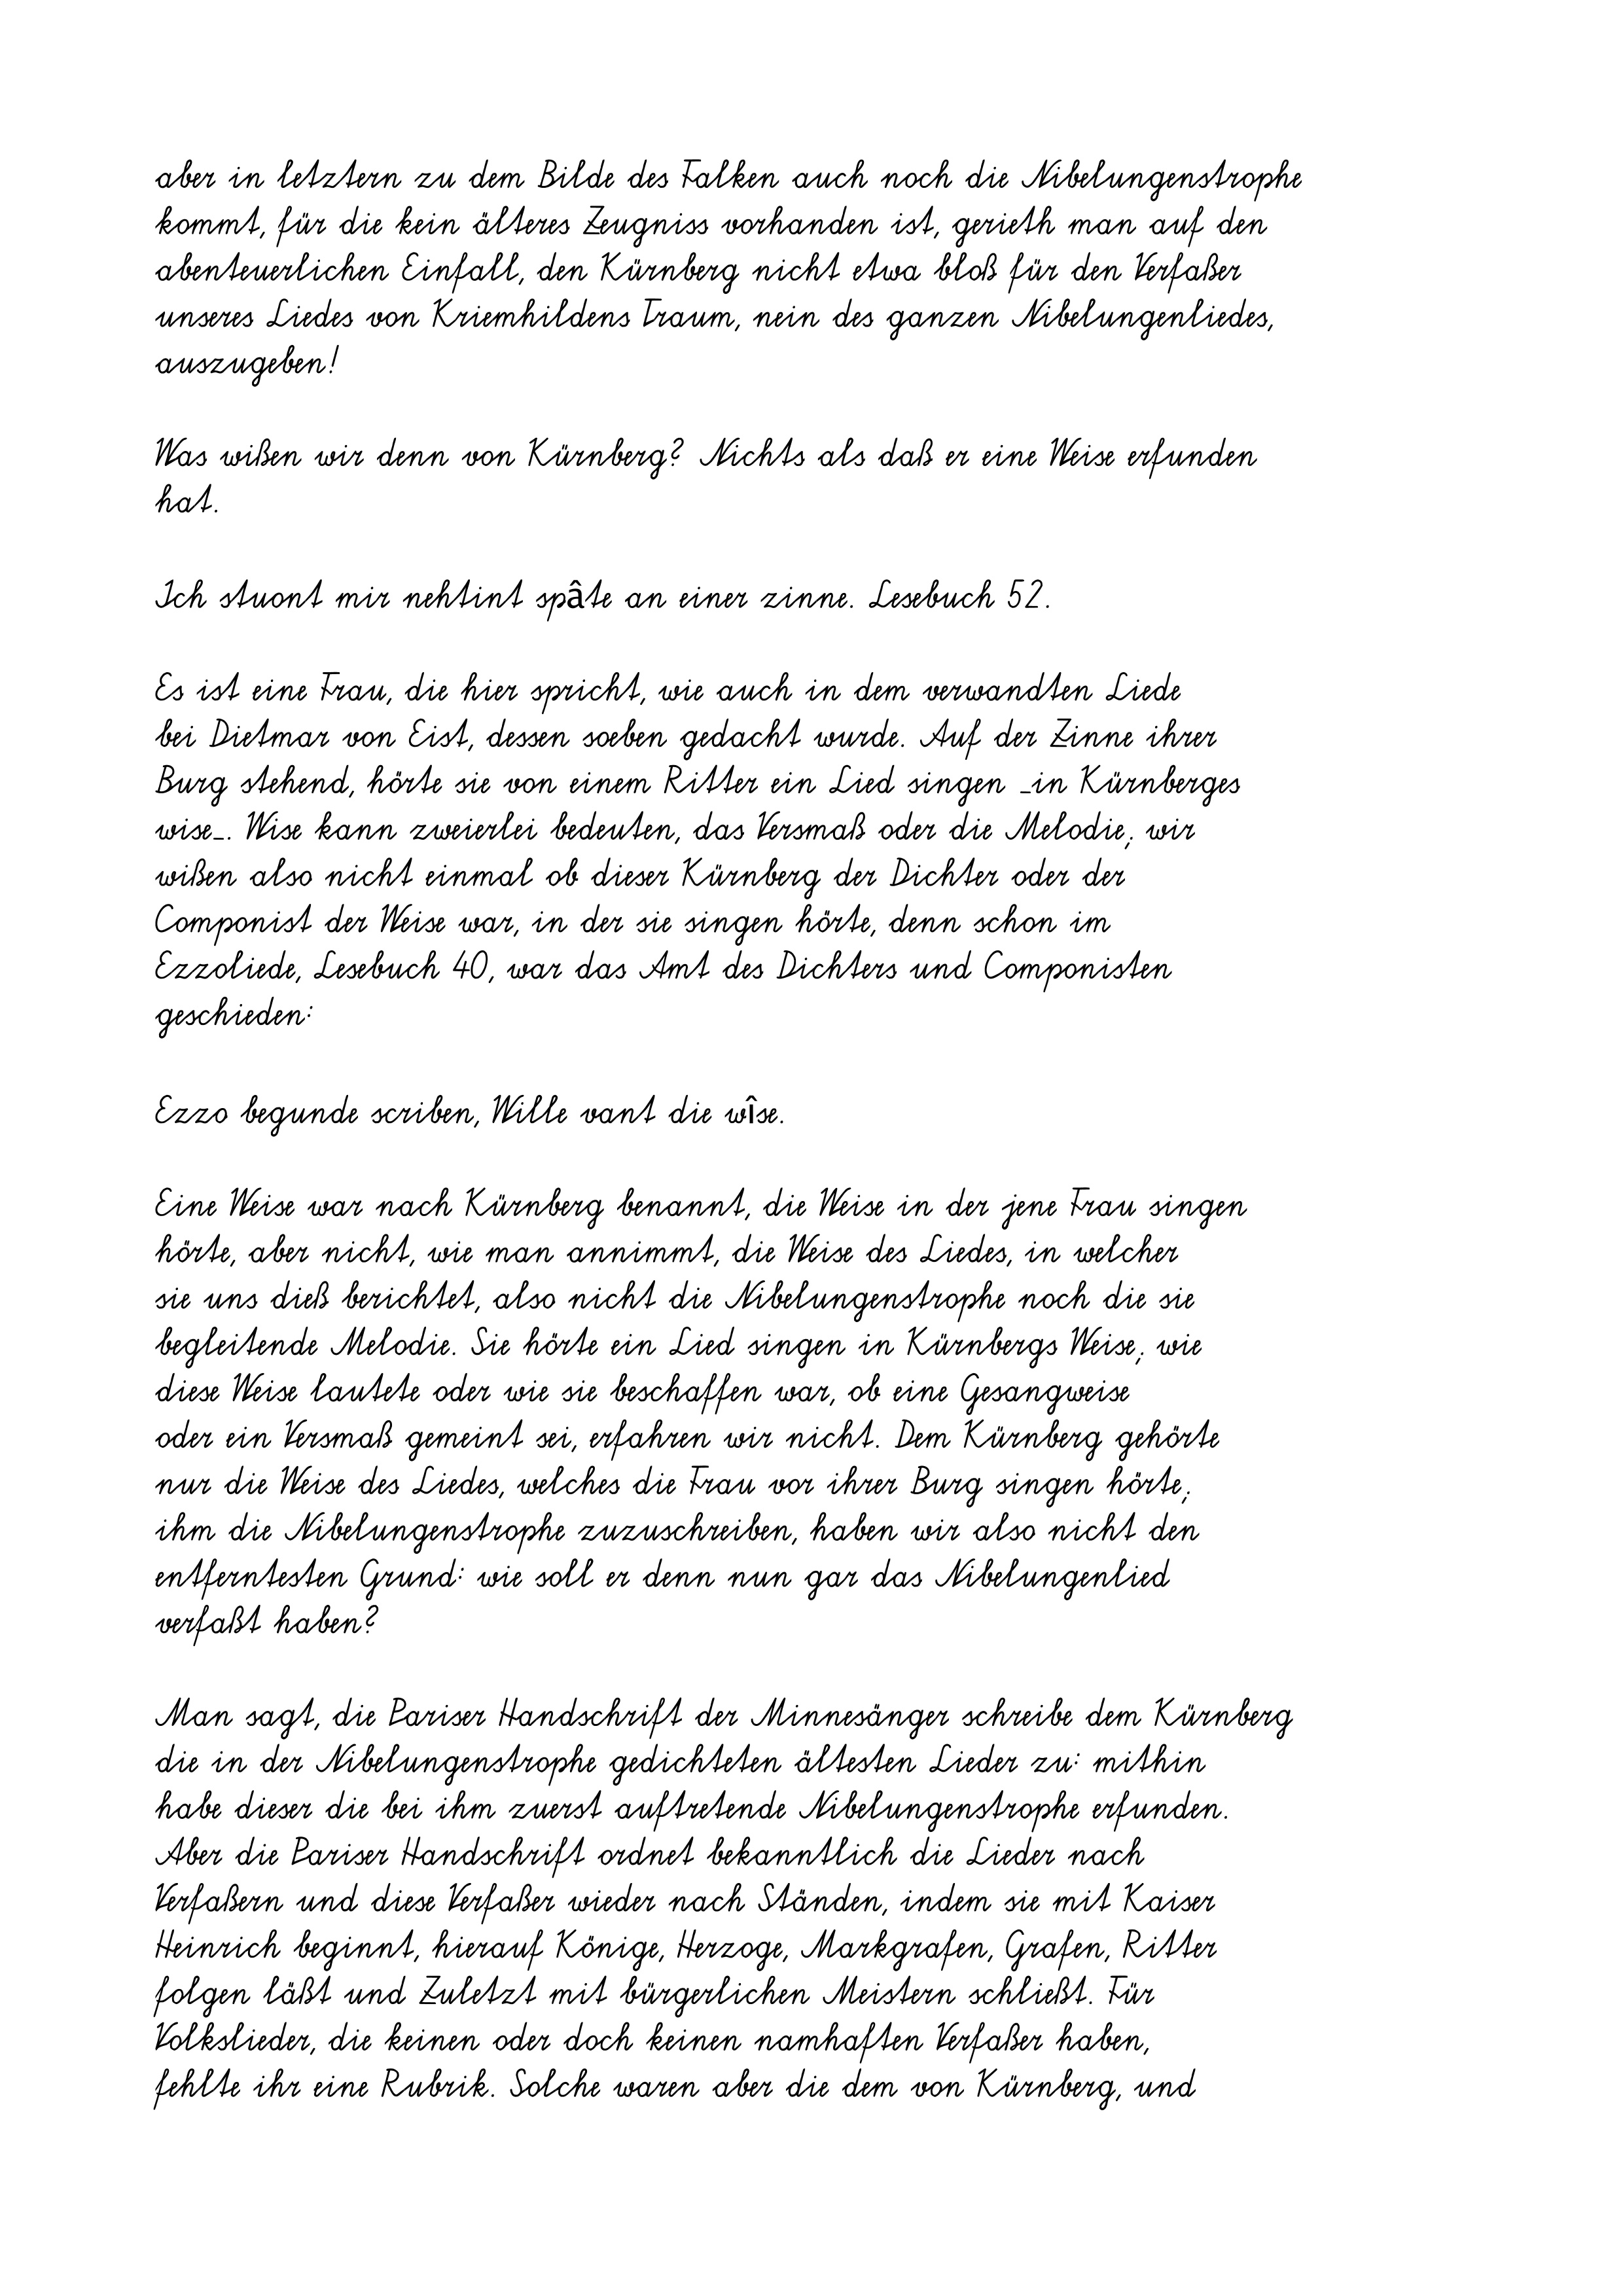
aber in letztern zu dem Bilde des Falken auch noch die Nibelungenstrophe
kommt, für die kein älteres Zeugniss vorhanden ist, gerieth man auf den
abenteuerlichen Einfall, den Kürnberg nicht etwa bloß für den Verfaßer
unseres Liedes von Kriemhildens Traum, nein des ganzen Nibelungenliedes,
auszugeben!
Was wißen wir denn von Kürnberg? Nichts als daß er eine Weise erfunden
hat.
Ich stuont mir nehtint spâte an einer zinne. Lesebuch 52.
Es ist eine Frau, die hier spricht, wie auch in dem verwandten Liede
bei Dietmar von Eist, dessen soeben gedacht wurde. Auf der Zinne ihrer
Burg stehend, hörte sie von einem Ritter ein Lied singen _in Kürnberges
wise_. Wise kann zweierlei bedeuten, das Versmaß oder die Melodie; wir
wißen also nicht einmal ob dieser Kürnberg der Dichter oder der
Componist der Weise war, in der sie singen hörte, denn schon im
Ezzoliede, Lesebuch 40, war das Amt des Dichters und Componisten
geschieden:
Ezzo begunde scriben, Wille vant die wîse.
Eine Weise war nach Kürnberg benannt, die Weise in der jene Frau singen
hörte, aber nicht, wie man annimmt, die Weise des Liedes, in welcher
sie uns dieß berichtet, also nicht die Nibelungenstrophe noch die sie
begleitende Melodie. Sie hörte ein Lied singen in Kürnbergs Weise; wie
diese Weise lautete oder wie sie beschaffen war, ob eine Gesangweise
oder ein Versmaß gemeint sei, erfahren wir nicht. Dem Kürnberg gehörte
nur die Weise des Liedes, welches die Frau vor ihrer Burg singen hörte;
ihm die Nibelungenstrophe zuzuschreiben, haben wir also nicht den
entferntesten Grund: wie soll er denn nun gar das Nibelungenlied
verfaßt haben?
Man sagt, die Pariser Handschrift der Minnesänger schreibe dem Kürnberg
die in der Nibelungenstrophe gedichteten ältesten Lieder zu: mithin
habe dieser die bei ihm zuerst auftretende Nibelungenstrophe erfunden.
Aber die Pariser Handschrift ordnet bekanntlich die Lieder nach
Verfaßern und diese Verfaßer wieder nach Ständen, indem sie mit Kaiser
Heinrich beginnt, hierauf Könige, Herzoge, Markgrafen, Grafen, Ritter
folgen läßt und Zuletzt mit bürgerlichen Meistern schließt. Für
Volkslieder, die keinen oder doch keinen namhaften Verfaßer haben,
fehlte ihr eine Rubrik. Solche waren aber die dem von Kürnberg, und